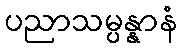
ပညာသမ္ပန္နာနံ